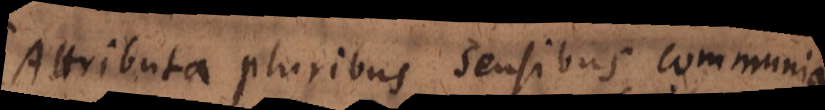
Attributa pluribus sensibus communia